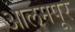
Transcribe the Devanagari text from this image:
आलमपूर